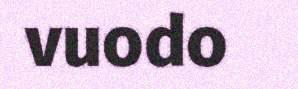
vuodo